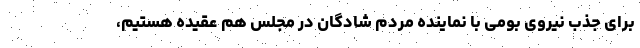
برای جذب نیروی بومی با نماینده مردم شادگان در مجلس هم عقیده هستیم،